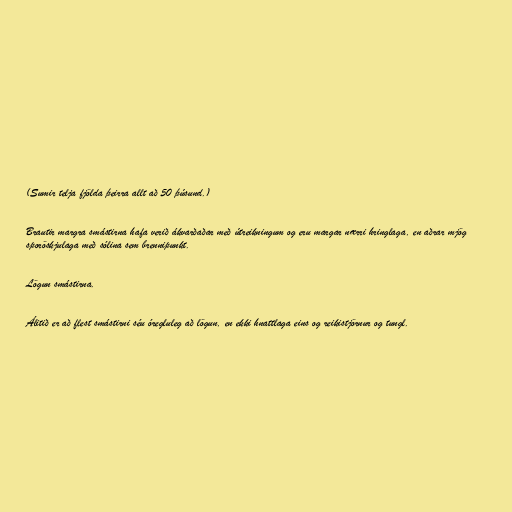
(Sumir telja fjölda þeirra allt að 50 þúsund.)

Brautir margra smástirna hafa verið ákvarðaðar með útreikningum og eru margar nærri hringlaga, en aðrar mjög
sporöskjulaga með sólina sem brennipunkt.

Lögun smástirna.

Álitið er að flest smástirni séu óregluleg að lögun, en ekki hnattlaga eins og reikistjörnur og tungl.